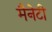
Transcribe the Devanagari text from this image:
मैनेटी